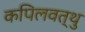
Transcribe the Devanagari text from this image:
कपिलवत्थु